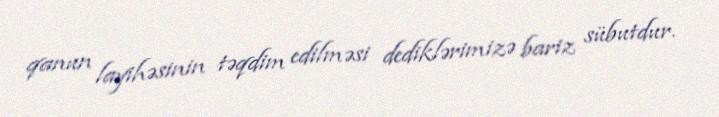
qanun layihəsinin təqdim edilməsi dediklərimizə bariz sübutdur.